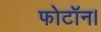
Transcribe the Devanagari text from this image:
फोटॉन।